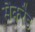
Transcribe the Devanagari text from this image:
सैकरैड